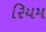
રિયમ